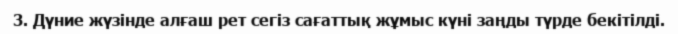
3. Дүние жүзінде алғаш рет сегіз сағаттық жұмыс күні заңды түрде бекітілді.